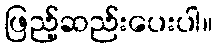
ဖြည့်ဆည်းပေးပါ။